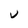
Character: U